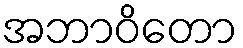
အဘာဝိတော